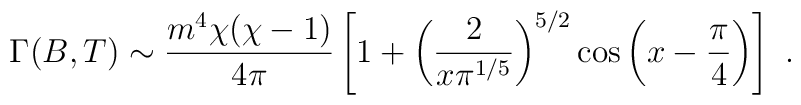
\Gamma (B,T) \sim  \frac{m^4\chi (\chi-1)}{4\pi}\left[1 +\left(\frac{2}{x\pi^{1/5}}\right)^{5/2}\cos\left(x-\frac{\pi}{4}\right)\right]~.